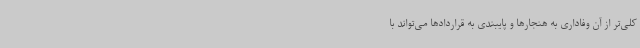
کلی‌تر از آن وفاداری به هنجارها و پایبندی به قراردادها می‌تواند با